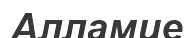
Алламие